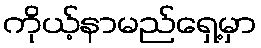
ကိုယ့်နာမည်ရှေ့မှာ